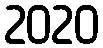
2020